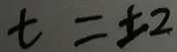
t = \pm 2